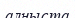
алныста